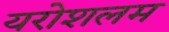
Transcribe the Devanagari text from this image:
यरोशलम